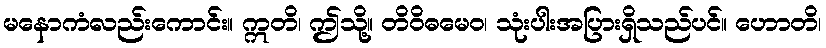
မနောကံလည်းကောင်း။ ဣတိ၊ ဤသို့။ တိဝိဓမေဝ၊ သုံးပါးအပြားရှိသည်ပင်။ ဟောတိ၊